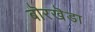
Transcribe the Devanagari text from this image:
बॊरखॆडा